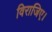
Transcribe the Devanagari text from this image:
विराजिए।